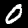
Digit: 0